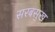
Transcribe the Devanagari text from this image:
सरबसुख